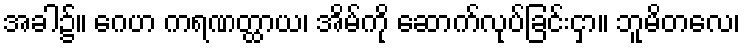
အခါ၌။ ဂေဟ ကရဏတ္ထာယ၊ အိမ်ကို ဆောက်လုပ်ခြင်းငှာ။ ဘူမိတလေ၊